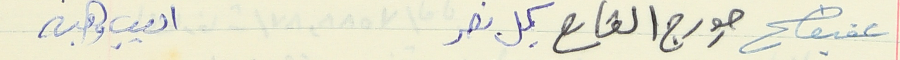
عفيف جورج القارح كميل نصر اديب وهبه